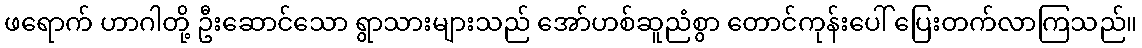
ဖရောက် ဟာဂါတို့ ဦးဆောင်သော ရွာသားများသည် အော်ဟစ်ဆူညံစွာ တောင်ကုန်းပေါ် ပြေးတက်လာကြသည်။